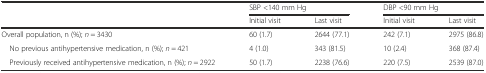
|  | <COLSPAN=2> SBP <140 mm Hg | <COLSPAN=2> DBP <90 mm Hg |
 |  | Initial visit | Last visit | Initial visit | Last visit |
 | --- | --- | --- | --- | --- |
 | Overall population, n (%); n = 3430 | 60 (1.7) | 2644 (77.1) | 242 (7.1) | 2975 (86.8) |
 | No previous antihypertensive medication, n (%); n = 421 | 4 (1.0) | 343 (81.5) | 10 (2.4) | 368 (87.4) |
 | Previously received antihypertensive medication, n (%); n = 2922 | 50 (1.7) | 2238 (76.6) | 220 (7.5) | 2539 (87.0) |